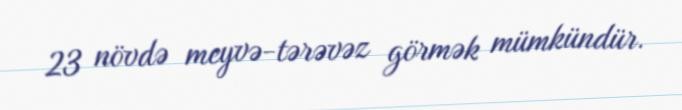
23 növdə meyvə-tərəvəz görmək mümkündür.